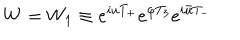
LaTeX: W = W _ { 1 } \equiv e ^ { i u T _ { + } } e ^ { \varphi T _ { 3 } } e ^ { i \bar { u } T _ { - } }